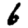
Digit: 6